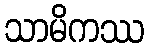
သာမိကဿ